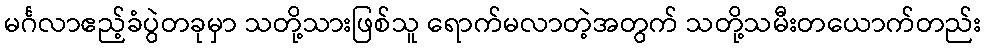
မင်္ဂလာဧည့်ခံပွဲတခုမှာ သတို့သားဖြစ်သူ ရောက်မလာတဲ့အတွက် သတို့သမီးတယောက်တည်း